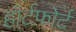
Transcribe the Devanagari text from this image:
हॉर्टफ़ोर्ट